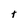
Character: t